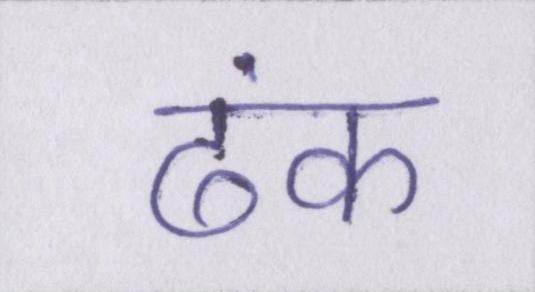
ढंक